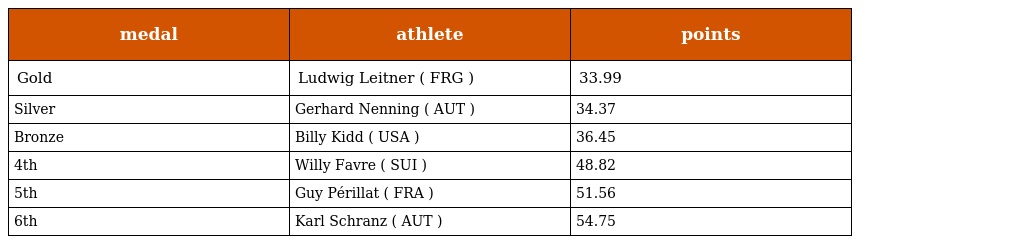
| medal | athlete | points |
 | --- | --- | --- |
 | Gold | Ludwig Leitner ( FRG ) | 33.99 |
 | Silver | Gerhard Nenning ( AUT ) | 34.37 |
 | Bronze | Billy Kidd ( USA ) | 36.45 |
 | 4th | Willy Favre ( SUI ) | 48.82 |
 | 5th | Guy Périllat ( FRA ) | 51.56 |
 | 6th | Karl Schranz ( AUT ) | 54.75 |